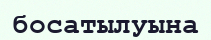
босатылуына